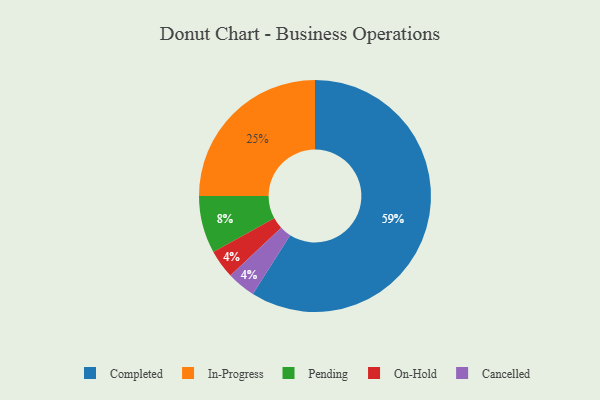
{"axis": {"x": "Category", "y": "Percentage"}, "legend": ["Cancelled", "Completed", "In-Progress", "On-Hold", "Pending"], "data": [{"x": "Pending", "y": 8, "type": "Pending"}, {"x": "On-Hold", "y": 4, "type": "On-Hold"}, {"x": "In-Progress", "y": 25, "type": "In-Progress"}, {"x": "Cancelled", "y": 4, "type": "Cancelled"}, {"x": "Completed", "y": 59, "type": "Completed"}]}